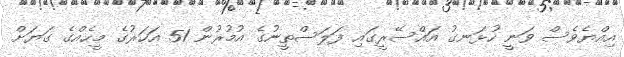
އިއްޔެވެސް ވަނީ ހުޅަނގު އައްސޭރީގައި ފަލަސްތީނުގެ އުމުރުން 51 އަހަރުގެ މީހެއްގެ ގަޔަށް